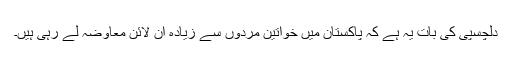
دلچسپی کی بات یہ ہے کہ پاکستان میں خواتین مردوں سے زیادہ آن لائن معاوضہ لے رہی ہیں۔